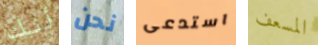
أنك نحن استدعى المسعف